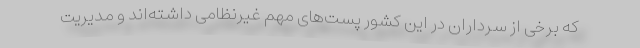
که برخی از سرداران در این کشور پست‌های مهم غیرنظامی داشته‌اند و مدیریت